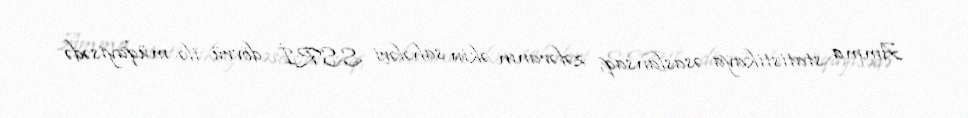
Amma statistikaya əsaslansaq, zəfəranın əkin sahələri SSRİ dövrü ilə müqayisədə